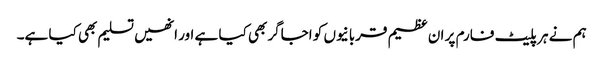
ہم نے ہر پلیٹ فارم پر ان عظیم قربانیوں کو اجاگر بھی کیا ہے اور انھیں تسلیم بھی کیا ہے۔